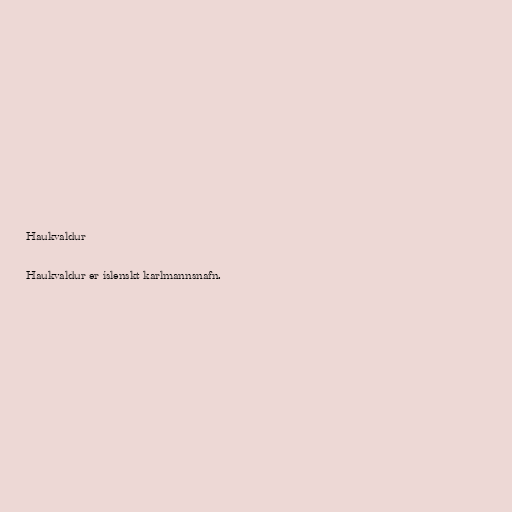
Haukvaldur

Haukvaldur er íslenskt karlmannsnafn.